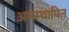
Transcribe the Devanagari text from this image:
अवस्थापित